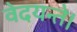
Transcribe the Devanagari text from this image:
वेदयन्ते।